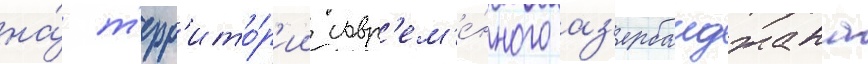
на́ т'ерр'ито́р'ии совр'ем'е́нного аз'ербаиджана